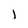
Character: l